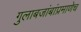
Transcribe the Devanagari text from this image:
गुलाबजांबांप्रमाणेच